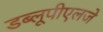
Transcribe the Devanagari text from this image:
डब्लूपीएलजे